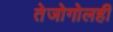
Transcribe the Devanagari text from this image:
तेजोगोलही